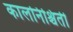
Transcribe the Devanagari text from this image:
कालनिश्चिती